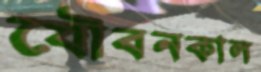
যৌবনকাল